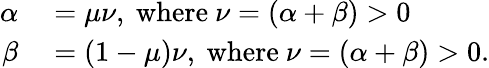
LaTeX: \begin{array}{rl}{\alpha}&{{}=\mu\nu,{\mathrm{~where~}}\nu=(\alpha+\beta)>0}\\ {\beta}&{{}=(1-\mu)\nu,{\mathrm{~where~}}\nu=(\alpha+\beta)>0.}\end{array}